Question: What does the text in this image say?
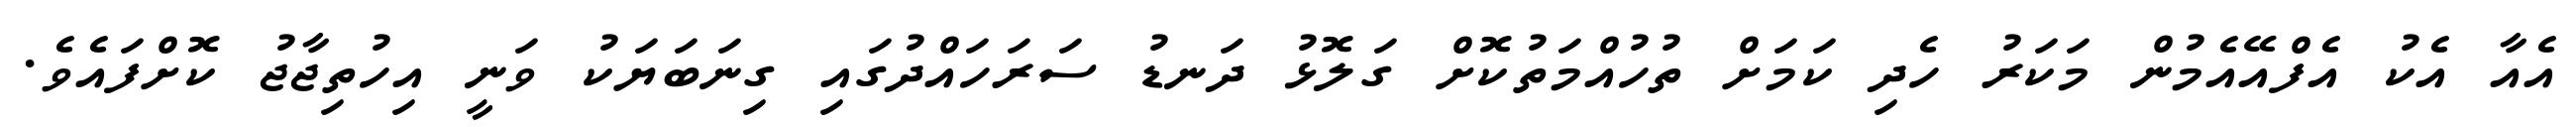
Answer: އެއާ އެކު އެފްއޭއެމުން މަކަރު ހެދި ކަމަށް ތުހުއްމަތުކޮށް ގަލޮޅު ދަނޑު ސަރަހައްދުގައި ގިނަބަޔަކު ވަނީ އިހުތިޖާޖު ކޮށްފައެވެ.